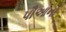
પૌઆનો